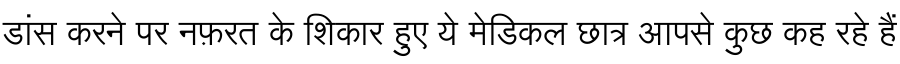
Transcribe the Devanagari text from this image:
डांस करने पर नफ़रत के शिकार हुए ये मेडिकल छात्र आपसे कुछ कह रहे हैं